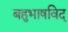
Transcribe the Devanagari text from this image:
बहुभाषविद्